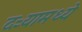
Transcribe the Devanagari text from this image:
दऱ्यामध्ये